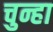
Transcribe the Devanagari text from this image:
चुन्हा